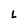
Character: L